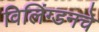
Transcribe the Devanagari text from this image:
विलिंग्डनचे